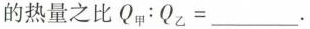
的热量之比Q_{甲}:Q_{乙}=___。